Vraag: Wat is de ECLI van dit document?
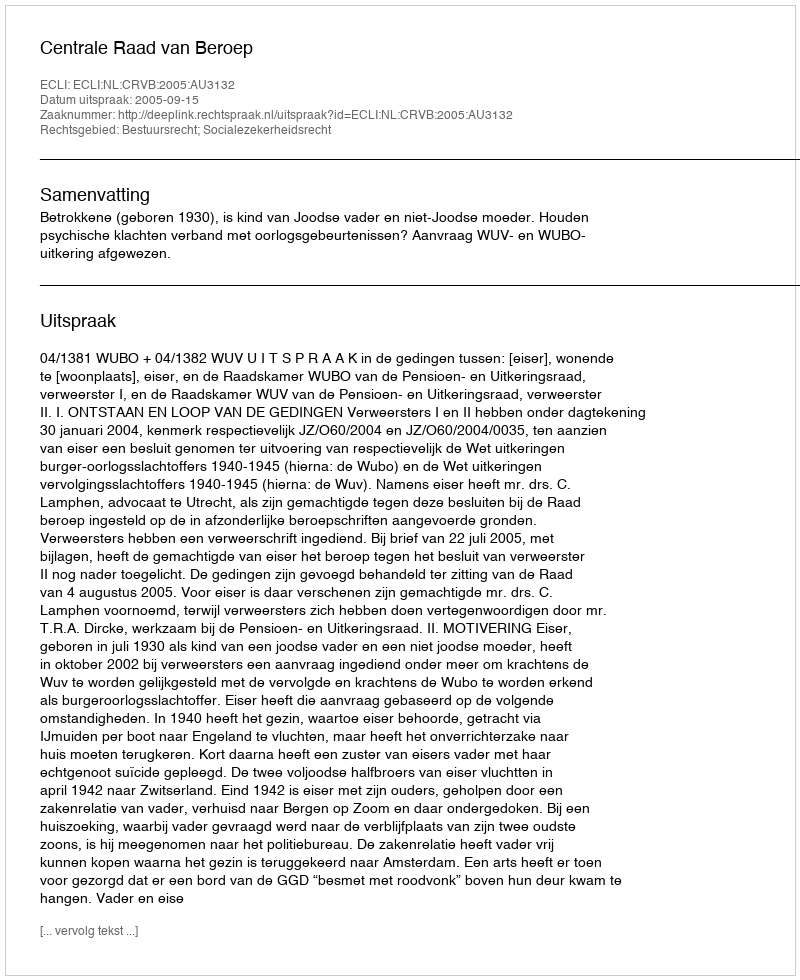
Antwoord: ECLI:NL:CRVB:2005:AU3132